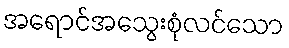
အရောင်အသွေးစုံလင်သော